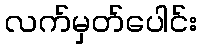
လက်မှတ်ပေါင်း